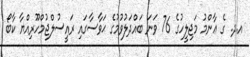
އ.ދ. ގެ ޢާންމު މަޖިލީހުގެ 76 ވަނަ ބައްދަލުވުމުގެ ޙަވާސާގައި ރައީސުލްޖުމްހޫރިއްޔާ ކާބޯ